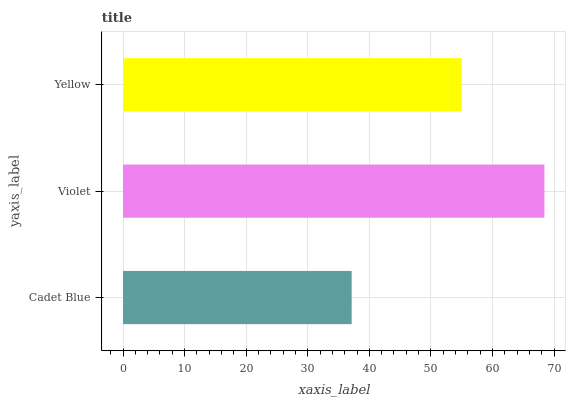
| yaxis_label | bars |
 | --- | --- |
 | Cadet Blue | 37.1 |
 | Violet | 68.4 |
 | Yellow | 55 |